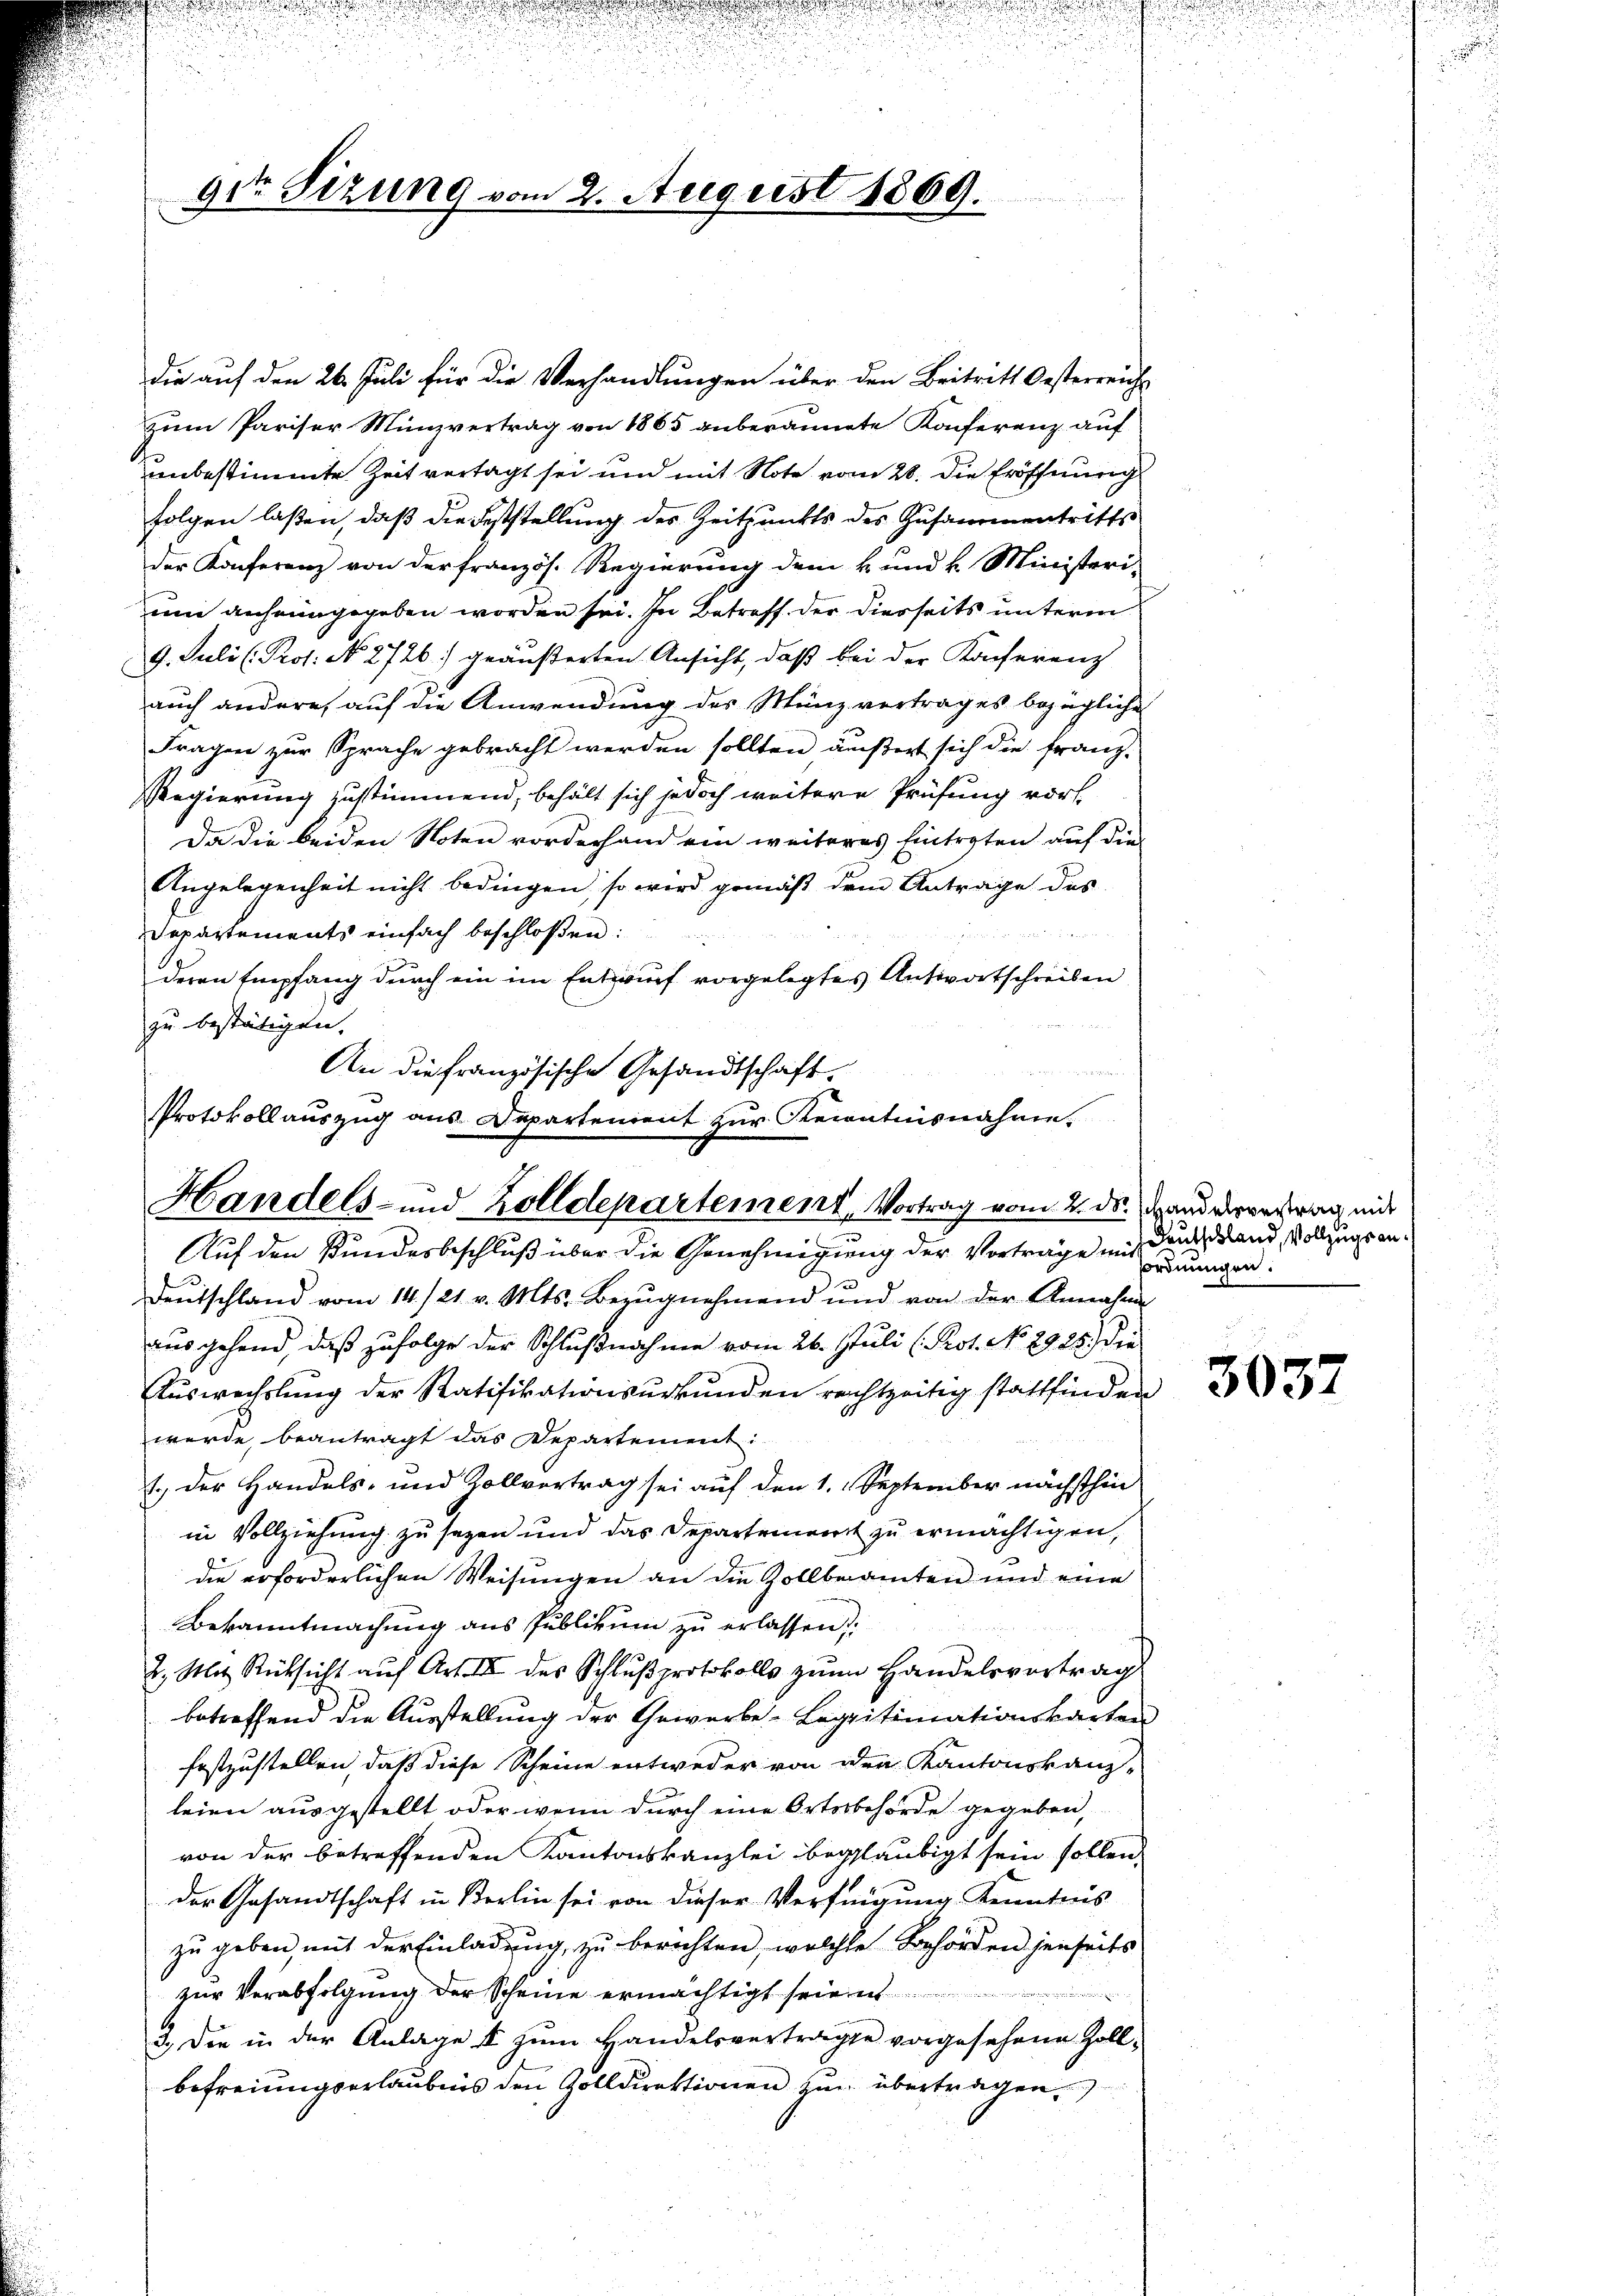
9te Sizung vom 2. August 1869.

die auf den 26. Juli für die Verhandlungen über den Beitritt Oesterreich
zum Pariser Münzvertrag von 1865 anberannete Konferenz auf
unbestimmte Zeit vertagt sei und mit Note vom 28. Die Eröffnung
folgen laßen, daß die Feststellung des Zeitpunkts des Zusammentritts
der Konferenz von der französ. Regierung dem k. und k. Ministeri-
un anheimgegeben worden sei. In Betreff der diesseits unterm
9. Juli (Prof. No. 2726) geäußerten Ansicht, daß bei der Konferenz
auch andere, auf die Anwendung des Münzvertrages bezügliche
Fragen zur Sprache gebracht werden sollten äußert sich die franz-
Regierung zustimmend, behält sich jedoch weitere Prüfung vort
Da die beiden Noten vorderhand ein weiteres Eintraten auf die
Angelegenheit nicht bedingen, so wird gemäß dem Antrage des

Departements einfach beschloßen:
deren Empfang durch ein im Entwurf vorgelegtes Antwortschreiben
zu bestätigen,
An die französische Gesandtschaft.
u
Protokollauszug aus Departement zur Kenntnisnahme.

Handels- und Zolldepartement, Vortrag vom 2. ds. Handvertrag mit
Auf den Kundesbeschluß über die Genehmigung der Vorträge mit drundland, Vollings an¬

deŭtschland vom 14./21. v. Mts. Bezŭgnehmend und von der Annahme
ausgehend, daß zufolge der Schlußnahme vom 26. Juli (Prot. No. 2925.) die
Auswechslung der Ratifikationsurkunden rechtzeitig stattfinden
wurde beantragt das Departement:
1.) Der Handels- und Zollvertrag sei auf den 1. September nächsthin
in Vollziehung zu sezen und das Departenwerk zu ermächtigen,
die erforderlichen Weisungen an die Zollbeamten und eine
Bekanntmachung aus Publikum zu erlassen,
2. Mit Rücksicht aŭf Art. III des Schlŭβprotokolls zŭm Handelsvortrag
betreffend die Ausstellung der Gewerbe-Legitimationskarten
festzustellen, daß diese Scheine entweder von den Kantonskanz-
leien ausgestellt oder wenn durch eine Ortsbehörde gegeben,
von der betreffenden Kantonskanzlei beglaubigt sein sollen,
der Gesandtschaft in Berlin sei von dieser Verfügung Kenntnis
zu geben, mit der Einladung, zu berichten, welche Behörden jenseits
zur Verabfolgung der Scheine ermächtigt seien
3.) Die in der Anlage & zum Handelsvertragte vorgesehene Zollbefreiungserlaubnis den Zolldirektionen zu übertragen.

ordnungen.

3037